Sketch of the medical history of the native army of Bombay, for the year
Year: 1872
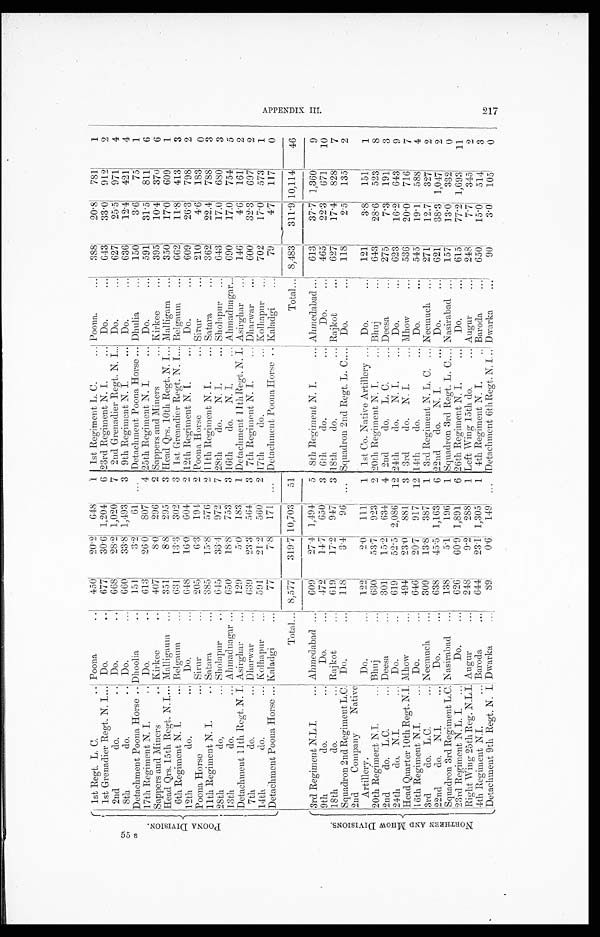
P O O N A D I V I S I O N .
1st Regt. L. C.
Poona
450
20·2
6 4 8
1 1st Regiment L. C.
Poona.
388
20·8
781
1
1st Grenadier Regt. N. I.
Do.
6 7 7
30·6 1,204
6 23rd Regiment N. I.
Do.
643
33·0
912
2
2nd
do.
Do.
668
28·2 1,020
7
2nd Grenadier Regt. N. I.
Do.
627
25·5
971
4
8th
do.
Do.
660
33·8 1,493
3 9th Regiment N. I.
Do.
636
12·4
421
4
Detachment Poona Horse
D h o o l i a
151
3·2
61 ... Detachment Poona Horse
Dhulia
150
3·6
75
1
17th Regiment N. I.
Do.
613
26·0
807
4 25th Regiment N. I.
Do.
591
31·5
811
6
Sappers and Miners
Kirkee
407
8·0
296
2 Sappers and Miners
Kirkee
395
10·4
370
6
Head Qrs. 15th Regt. N. I.
Malligaum
351
8·8
295
3 Head Qrs. 10th Regt. N. I. Malligam
350
17·0
609
1
6th Regiment N. I.
Belgum
6 3 1
13·3
3 0 2
3 1st Grenadier Regt. N. I. Belgaum
662
11·8
413
3
12th
do.
Do.
648
16·0
604
2 12th Re giment N. I.
Do.
609
26·3
798
2
Poona Horse
Sirur
205
6·3
194
2 Poona Horse
Sirur
210
4·6
183
0
11th Regiment N. I.
Satara
385
15·8
576
2
11th Regiment N. I.
Satara
362
22·4
788
3
28th
do.
Sholapur
645
33·4
972
7 28th
do. N. I.
Sholapur
643
17·0
680
3
13th
do.
Ahmadnagar
650
18·8
753
3 16th
do. N. I.
Ahmadnagar
690
17·0
754
5
Detachment 11th Regt. N. I. Asirghar
129
5·0
183
1 Detachment 11th Regt. N. I. Asirghar
146
4·6
161
2
7th
do.
Dharwar
639
23·3
564
3 7th Regiment N. I.
Dharwar
600
32·3
697
2
14th
do.
Kolhapur
591
21·2
560
2 17th do.
Kolhapur
702
17·0
573
1
Detachment Poona Horse
Kaladgi
77
7·8
171 ... Detachment Poona Horse
Kaladgi
79
4·7
117
0
Total
8,577
319·7 10,703
51
Total
8,483
311·9 10,114
46
N O R T H E R N A N D M H O W D I V I S I O N S .
3r d Re gi me nt N. L. I .
Ahmedabad
609
27·4 1,494
5 8th Regiment N. I.
Ahmedabad
613
37·7 1,360
9
9th
do.
Do.
472
14·7
650
3 6th
do.
Do.
465
22·3
671
10
18th
do.
Rajkot
619
17·2
947
3 18th
do.
Rajkot
627
17·4
828
7
Squadron 2nd Regiment L.C. Do.
118
3·4
96 ... Squadron 2nd Regt. L. C.
Do.
118
2·5
135
2
2nd Company Native
Artillery.
Do.
122
2·0
111
1 1st Co. Native Artillery
Do.
121
3·8
151
1
20th Regiment N.I. Bhuj
630
53·71
9·23
2 20th Regiment N. I.
Bhuj
643
28·6
523
8
2nd
do. L.C.
Deesa
301
15·2
634
4 2nd
do.
L. C.
Deesa
275
7·3
191
3
24th
do. N.I.
Do.
619
52·5 2,086
12 24th do.
N. I.
Do.
623
1 6 · 2
643
9
Head Quarter 10th Regt. N.I. Mhow
494
23·0
881
3 3rd
do.
N. I.
Mhow
536
20·0
716
7
16th Regiment N.I.
Do.
646
20·7
917
1 2
14th do,
Do.
545
19·1
588
4
3rd
do. L.C.
Neemuch
309
13·8
387
1
...
3rd Regiment N. L. C.
Neemuch
271
12·7
327
2
22nd
do.
N.I.
Do.
638
45·5 1,163
6 22nd
do. N. I.
Do.
621
38·3 1,047
2
Squadron 3rd Regiment L.C.
Nasirabad
138
5·1
196
1 Squadron 3rd Regt. L. C.
Nasirabad
157
13·0
332
0
23rd Regiment N. L. I.
Do.
626
60·9 1,891
6 26th Regiment N. I.
Do.
615
77·2 1,693
11
Right Wing 25th Reg. N.L.I.
A u g u r
248
9·2
288
1 Left Wing 15th do.
Augur
248
7·7
345
2
4th Regiment N.I. Baroda
644
23·1 1,3051
1 4th Regiment N. I.
Baroda
650
15·0
514
3
Detachment 9th Regt. N. I. Dwarka
89
0·6
149
. . .
Detachment 6th Regt. N. I. Dwarka
9 0
3·0
105
0
A P P E N D I X I I I . 2 1 7